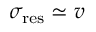
\sigma _ { \mathrm { r e s } } \simeq v